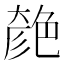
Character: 𦫞